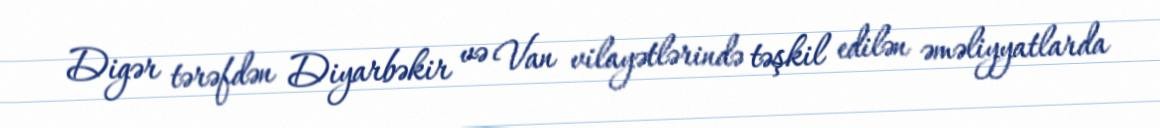
Digər tərəfdən Diyarbəkir və Van vilayətlərində təşkil edilən əməliyyatlarda